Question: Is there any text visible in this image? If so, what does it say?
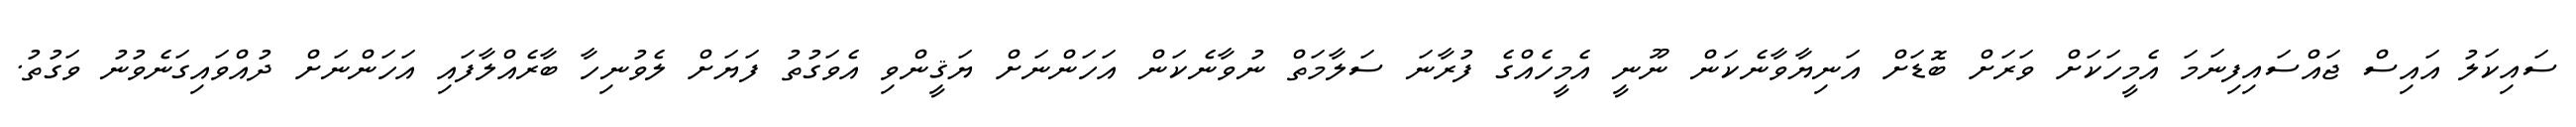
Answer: ސައިކަލު އައިސް ޖައްސައިފިނަމަ އެމީހަކަށް ވަރަށް ބޮޑަށް އަނިޔާވާނެކަން ނޫނީ އެމީހެއްގެ ފުރާނަ ސަލާމަތް ނުވާނެކަން އަހަންނަށް ޔަޤީންވި އެވަގުތު ފަޔަށް ލެވުނިހާ ބާރެއްލާފައި އަހަންނަށް ދުއްވައިގަނެވުނު ވަގުތު.